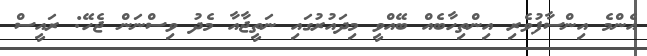
އެންމެ އިންސާފުވެރި އިންތިހާބެއް ބޭއްވީ މިދައުރުގައި ނަތީޖާއާ މެދު ވިސްނަން ޖެހޭ: ރައީސް